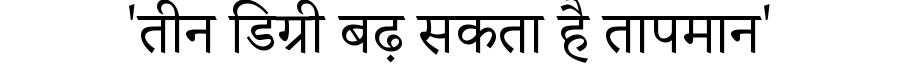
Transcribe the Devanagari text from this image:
'तीन डिग्री बढ़ सकता है तापमान'